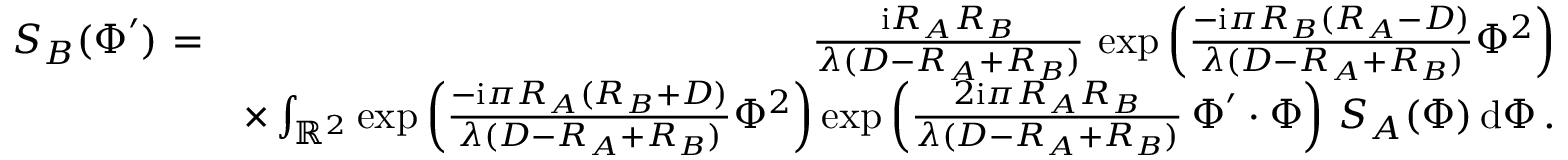
\begin{array} { r l r } { S _ { B } ( \boldsymbol \Phi ^ { \prime } ) } & { \! \! \! \! = } & { \! \! \! \! { \frac { \mathrm { i } R _ { A } R _ { B } } { \lambda ( D - R _ { A } + R _ { B } ) } } \, \exp \left( { \frac { - \mathrm { i } \pi R _ { B } ( R _ { A } - D ) } { \lambda ( D - R _ { A } + R _ { B } ) } } \Phi ^ { 2 } \right) } \\ & { } & { \times \int _ { { \mathbb R } ^ { 2 } } \exp \left( { \frac { - \mathrm { i } \pi R _ { A } ( R _ { B } + D ) } { \lambda ( D - R _ { A } + R _ { B } ) } } \Phi ^ { 2 } \right) \exp \left( { \frac { 2 \mathrm { i } \pi R _ { A } R _ { B } } { \lambda ( D - R _ { A } + R _ { B } ) } } \, \boldsymbol \Phi ^ { \prime } \boldsymbol \cdot \boldsymbol \Phi \right) \, S _ { A } ( \boldsymbol \Phi ) \, \mathrm { d } \boldsymbol \Phi \, . } \end{array}